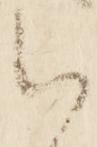
以